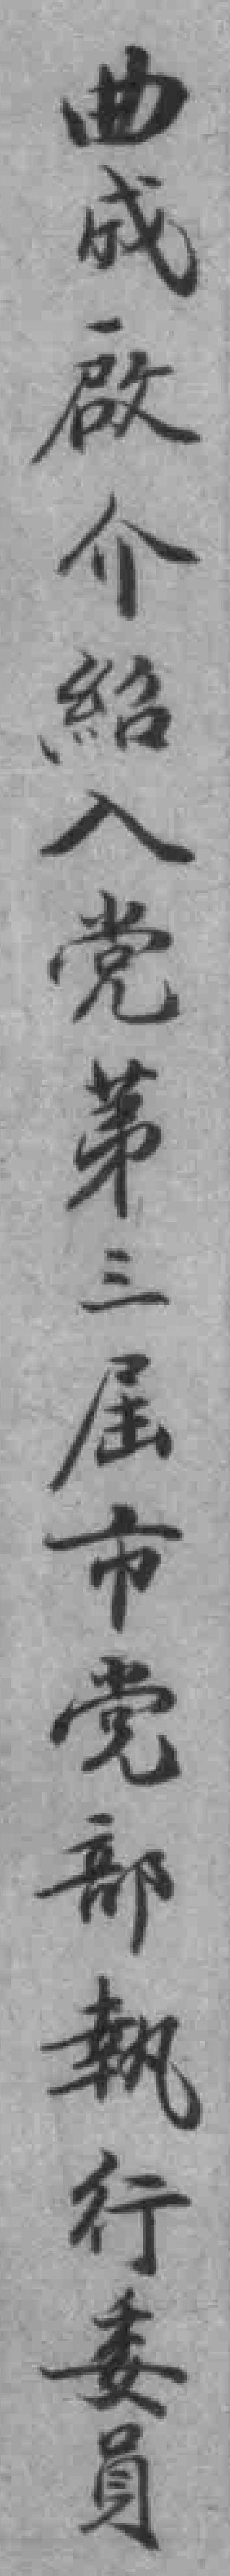
曲成啟介紹入党第三屆市党部執行委員